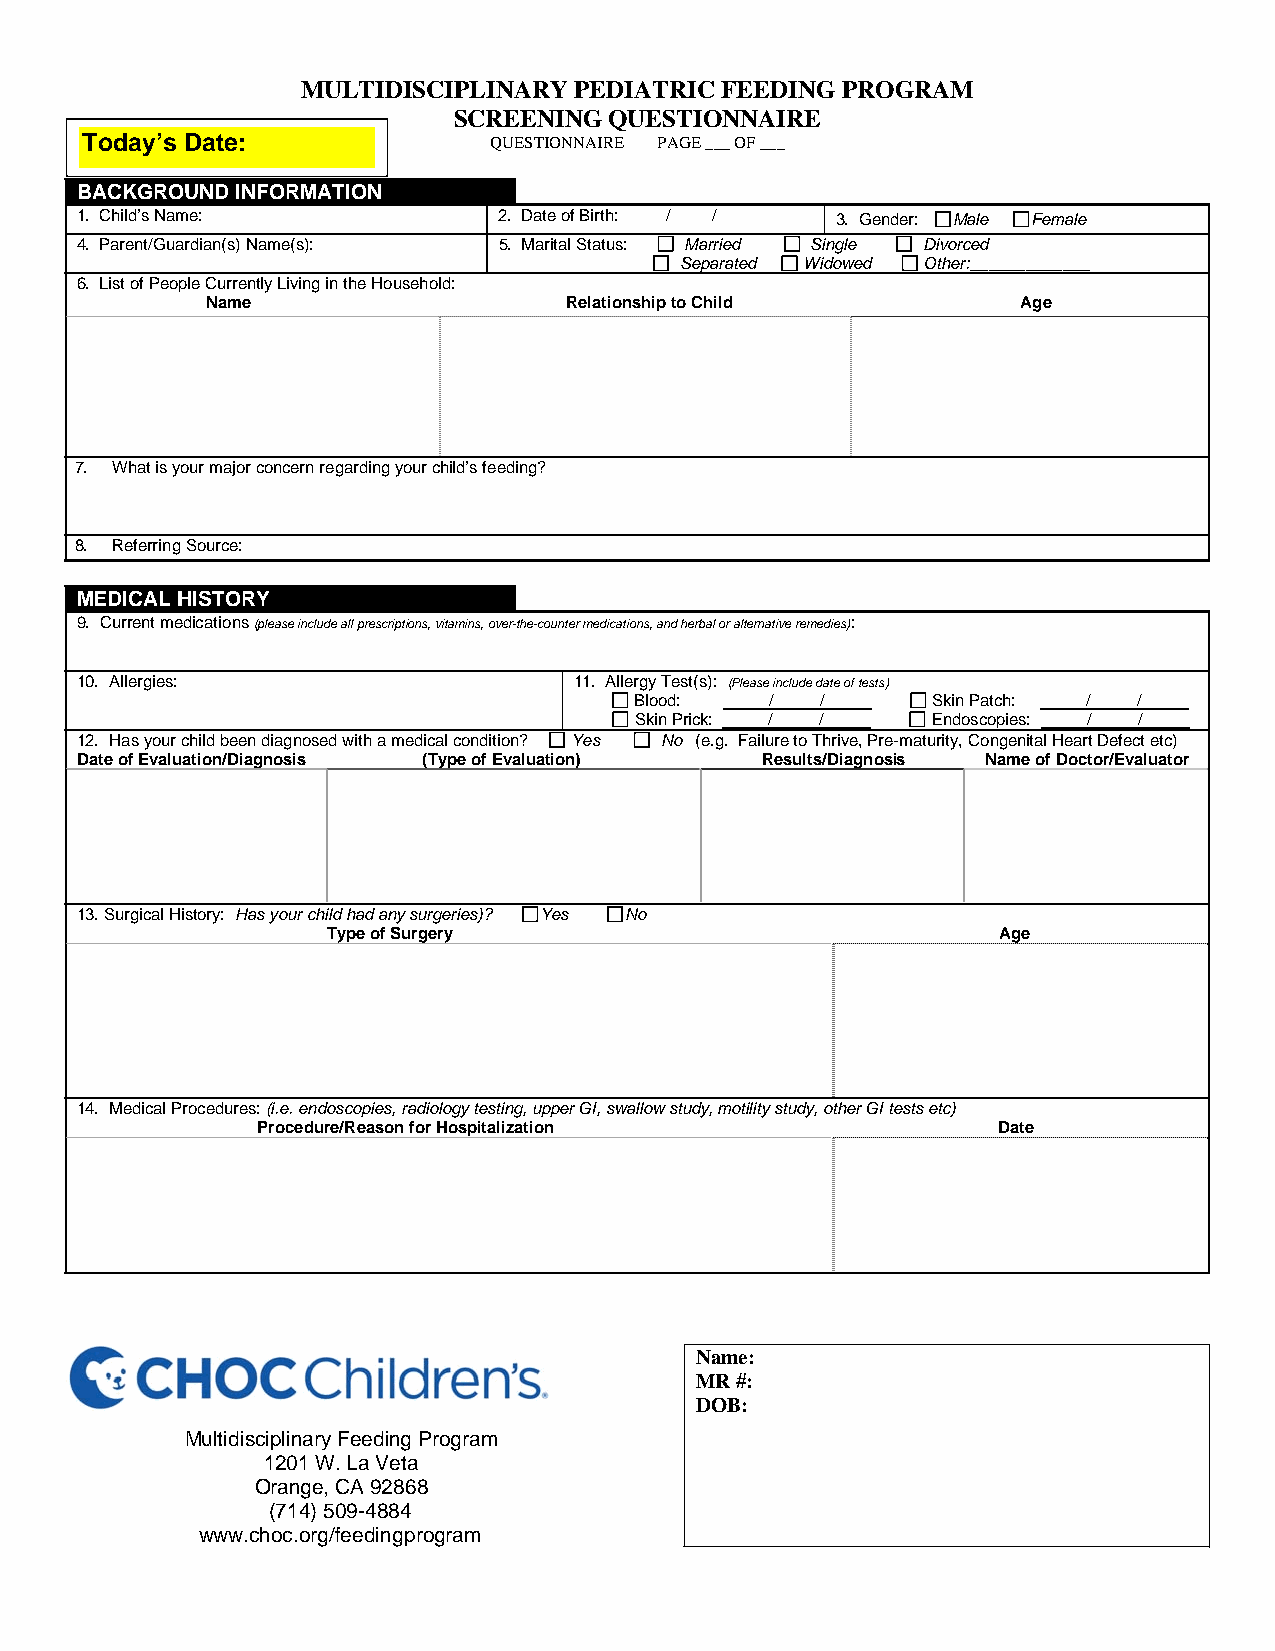
MULTIDISCIPLINARY PEDIATRIC FEEDING PROGRAM
 SCREENING QUESTIONNAIRE
 Today’s Date:              QUESTIONNAIRE PAGE ___ OF ___
 BACKGROUND INFORMATION
 1. Child’s Name:            2. Date of Birth: / / 3. Gender: Male Female
 4. Parent/Guardian(s) Name(s): 5. Marital Status: Married Single Divorced
 Separated Widowed Other:_____________
 6. List of People Currently Living in the Household:
 Name                    Relationship to Child         Age
 7. What is your major concern regarding your child’s feeding?
 8. Referring Source:
 MEDICAL HISTORY
 9. Current medications (please include all prescriptions, vitamins, over-the-counter medications, and herbal or alternative remedies):
 10. Allergies:                   11. Allergy Test(s): (Please include date of tests)
 Blood:   /  /       Skin Patch: / /
 Skin Prick: / /     Endoscopies: / /
 12. Has your child been diagnosed with a medical condition? Yes No (e.g. Failure to Thrive, Pre-maturity, Congenital Heart Defect etc)
 Date of Evaluation/Diagnosis (Type of Evaluation) Results/Diagnosis Name of Doctor/Evaluator
 13. Surgical History: Has your child had any surgeries)? Yes No
 Type of Surgery                             Age
 14. Medical Procedures: (i.e. endoscopies, radiology testing, upper GI, swallow study, motility study, other GI tests etc)
 Procedure/Reason for Hospitalization             Date
 Name:
 MR #:
 DOB:
 Multidisciplinary Feeding Program
 1201 W. La Veta
 Orange, CA 92868
 (714) 509-4884
 www.choc.org/feedingprogram